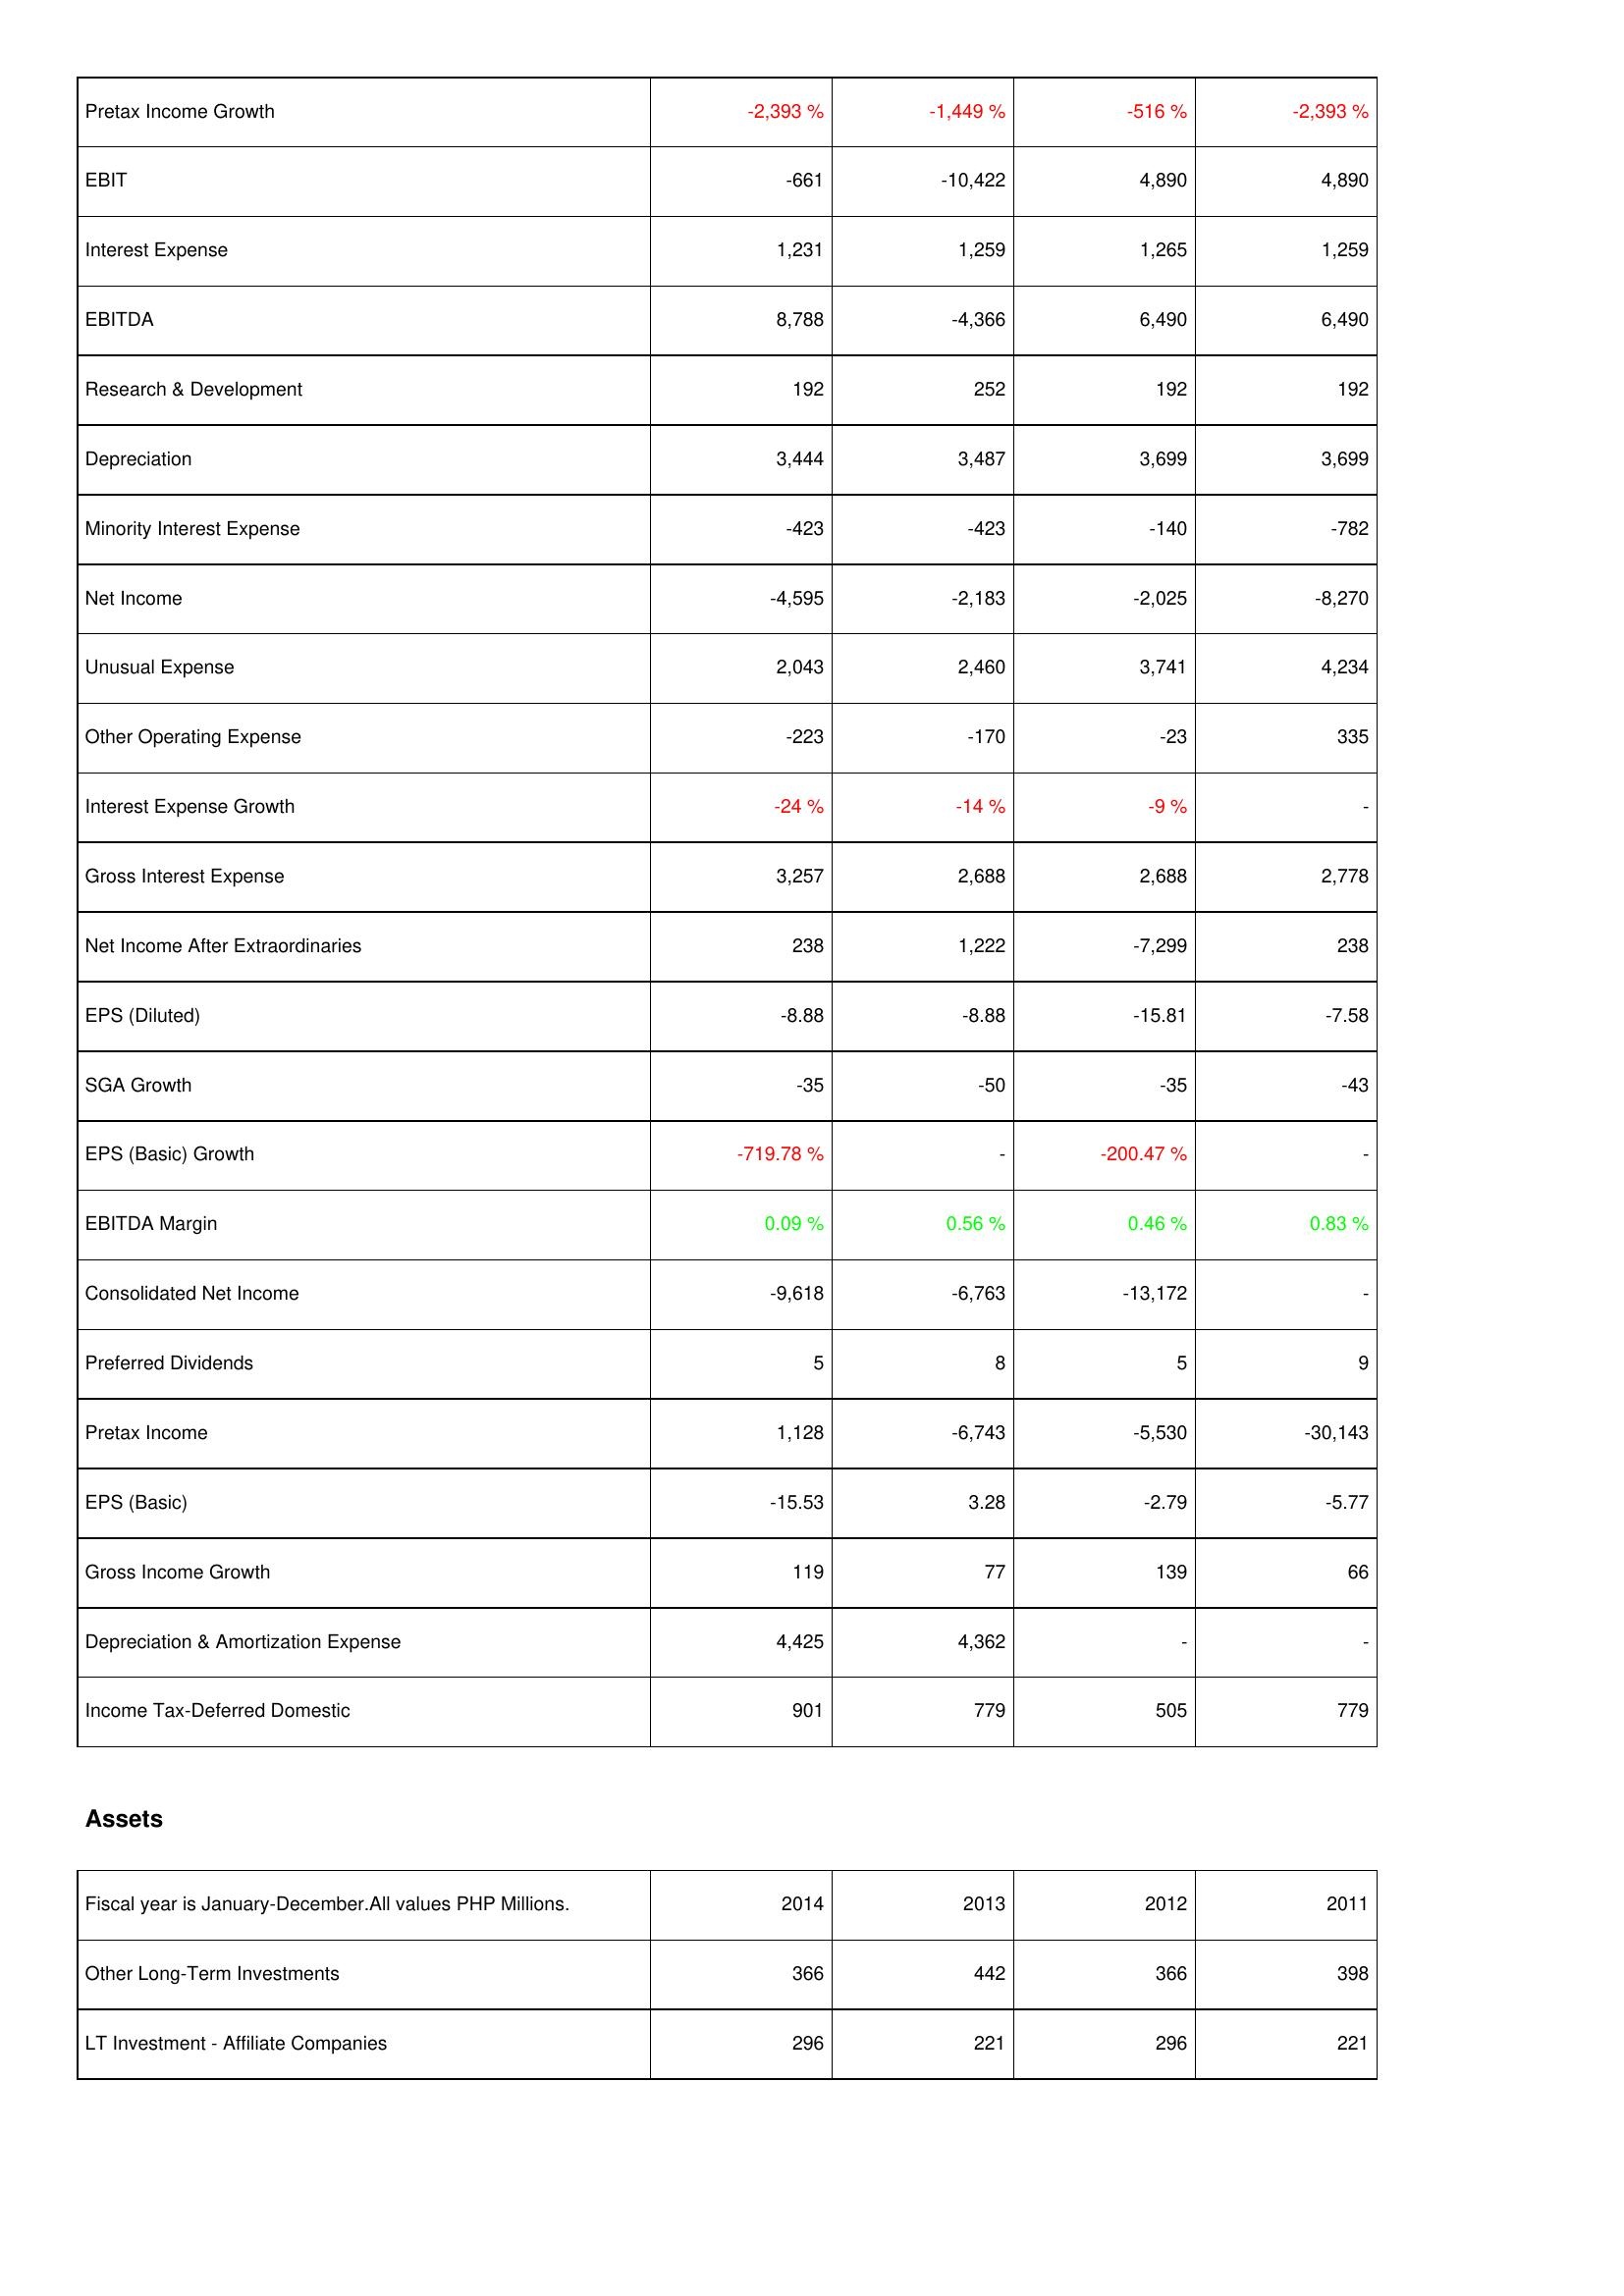
2014: Income Statement: Pretax Income Growth: -2,393 %
EBIT: -661
Interest Expense: 1,231
EBITDA: 8,788
Research & Development: 192
Depreciation: 3,444
Minority Interest Expense: -423
Net Income: -4,595
Unusual Expense: 2,043
Other Operating Expense: -223
Interest Expense Growth: -24 %
Gross Interest Expense: 3,257
Net Income After Extraordinaries: 238
EPS (Diluted): -8.88
SGA Growth: -35
EPS (Basic) Growth: -719.78 %
EBITDA Margin: 0.09 %
Consolidated Net Income: -9,618
Preferred Dividends: 5
Pretax Income: 1,128
EPS (Basic): -15.53
Gross Income Growth: 119
Depreciation & Amortization Expense: 4,425
Income Tax-Deferred Domestic: 901
Assets: Other Long-Term Investments: 366
LT Investment - Affiliate Companies: 296
2013: Income Statement: Pretax Income Growth: -1,449 %
EBIT: -10,422
Interest Expense: 1,259
EBITDA: -4,366
Research & Development: 252
Depreciation: 3,487
Minority Interest Expense: -423
Net Income: -2,183
Unusual Expense: 2,460
Other Operating Expense: -170
Interest Expense Growth: -14 %
Gross Interest Expense: 2,688
Net Income After Extraordinaries: 1,222
EPS (Diluted): -8.88
SGA Growth: -50
EPS (Basic) Growth: -
EBITDA Margin: 0.56 %
Consolidated Net Income: -6,763
Preferred Dividends: 8
Pretax Income: -6,743
EPS (Basic): 3.28
Gross Income Growth: 77
Depreciation & Amortization Expense: 4,362
Income Tax-Deferred Domestic: 779
Assets: Other Long-Term Investments: 442
LT Investment - Affiliate Companies: 221
2012: Income Statement: Pretax Income Growth: -516 %
EBIT: 4,890
Interest Expense: 1,265
EBITDA: 6,490
Research & Development: 192
Depreciation: 3,699
Minority Interest Expense: -140
Net Income: -2,025
Unusual Expense: 3,741
Other Operating Expense: -23
Interest Expense Growth: -9 %
Gross Interest Expense: 2,688
Net Income After Extraordinaries: -7,299
EPS (Diluted): -15.81
SGA Growth: -35
EPS (Basic) Growth: -200.47 %
EBITDA Margin: 0.46 %
Consolidated Net Income: -13,172
Preferred Dividends: 5
Pretax Income: -5,530
EPS (Basic): -2.79
Gross Income Growth: 139
Depreciation & Amortization Expense: -
Income Tax-Deferred Domestic: 505
Assets: Other Long-Term Investments: 366
LT Investment - Affiliate Companies: 296
2011: Income Statement: Pretax Income Growth: -2,393 %
EBIT: 4,890
Interest Expense: 1,259
EBITDA: 6,490
Research & Development: 192
Depreciation: 3,699
Minority Interest Expense: -782
Net Income: -8,270
Unusual Expense: 4,234
Other Operating Expense: 335
Interest Expense Growth: -
Gross Interest Expense: 2,778
Net Income After Extraordinaries: 238
EPS (Diluted): -7.58
SGA Growth: -43
EPS (Basic) Growth: -
EBITDA Margin: 0.83 %
Consolidated Net Income: -
Preferred Dividends: 9
Pretax Income: -30,143
EPS (Basic): -5.77
Gross Income Growth: 66
Depreciation & Amortization Expense: -
Income Tax-Deferred Domestic: 779
Assets: Other Long-Term Investments: 398
LT Investment - Affiliate Companies: 221